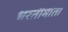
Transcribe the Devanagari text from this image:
धरतीमाता